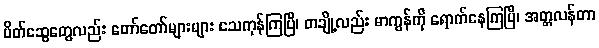
မိတ်ဆွေတွေလည်း တော်တော်များများ သေကုန်ကြပြီ၊ တချို့လည်း မာကွန်ကို ရောက်နေကြပြီ၊ အတ္တလန်တာ